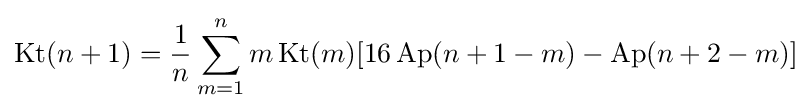
\operatorname {Kt} (n+1)={\frac {1}{n}}\sum _{m=1}^{n}m\operatorname {Kt} (m)[16\operatorname {Ap} (n+1-m)-\operatorname {Ap} (n+2-m)]